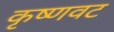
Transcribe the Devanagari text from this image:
कृष्णवट